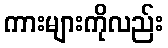
ကားများကိုလည်း